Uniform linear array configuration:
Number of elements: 16
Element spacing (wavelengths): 1
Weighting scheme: binomial
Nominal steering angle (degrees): -15
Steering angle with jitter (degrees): -16.59
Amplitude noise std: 0.05
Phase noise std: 0.05

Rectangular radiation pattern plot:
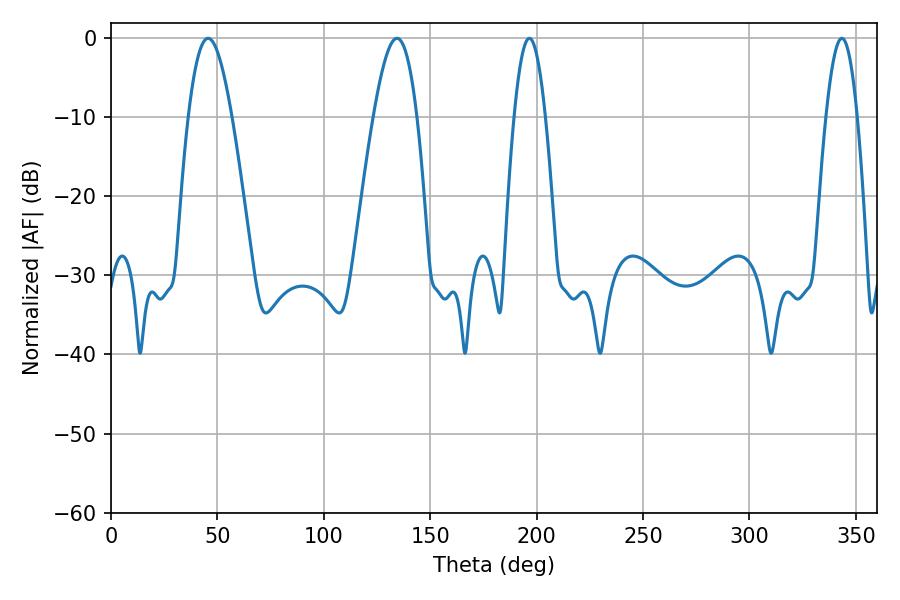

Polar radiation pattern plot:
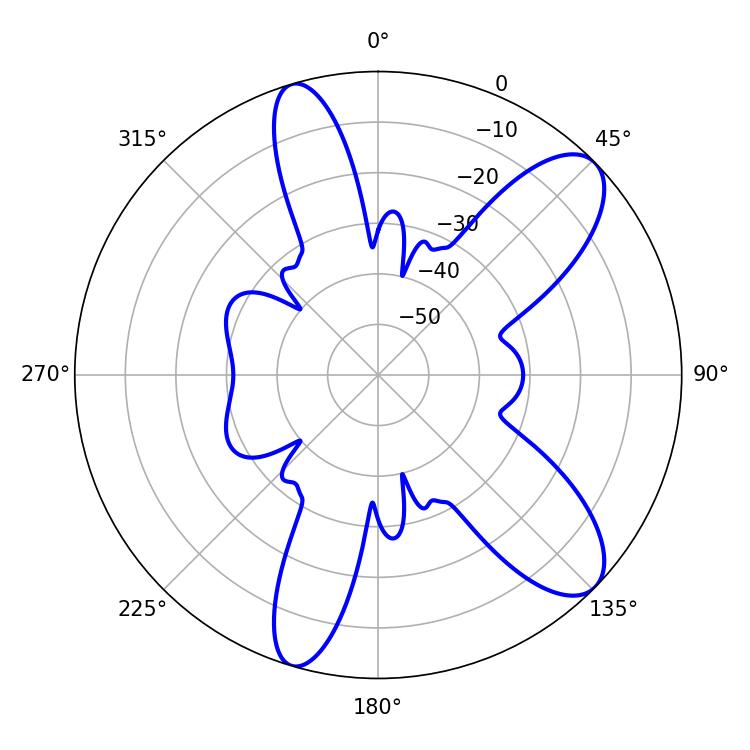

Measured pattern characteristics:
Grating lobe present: TRUE
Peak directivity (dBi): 9.703
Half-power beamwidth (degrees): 8.1
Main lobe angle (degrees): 196.56